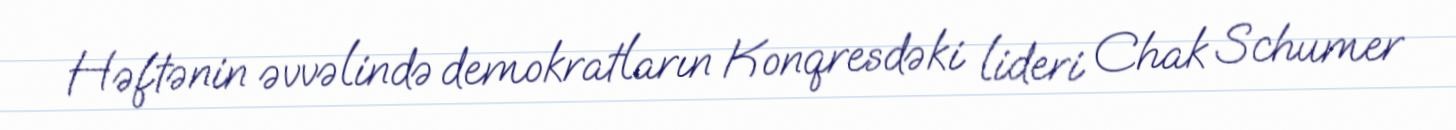
Həftənin əvvəlində demokratların Konqresdəki lideri Chak Schumer